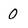
Character: 0